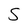
Character: S